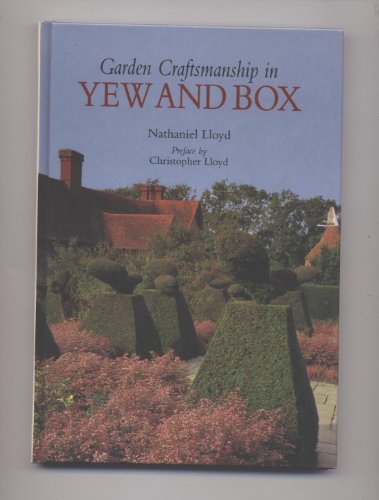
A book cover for Garden Craftsmanship in Yew and Box; Nathaniel Lloyd; Crafts, Hobbies & Home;